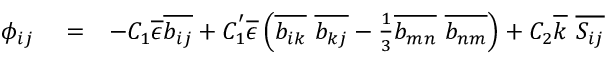
\begin{array} { r l r } { \phi _ { i j } } & { { } = } & { - C _ { 1 } \overline { { \epsilon } } \overline { { b _ { i j } } } + C _ { 1 } ^ { ' } \overline { { \epsilon } } \left( \overline { { b _ { i k } } } \ \overline { { b _ { k j } } } - \frac { 1 } { 3 } \overline { { b _ { m n } } } \ \overline { { b _ { n m } } } \right) + C _ { 2 } \overline { { k } } \ \overline { { S _ { i j } } } } \end{array}